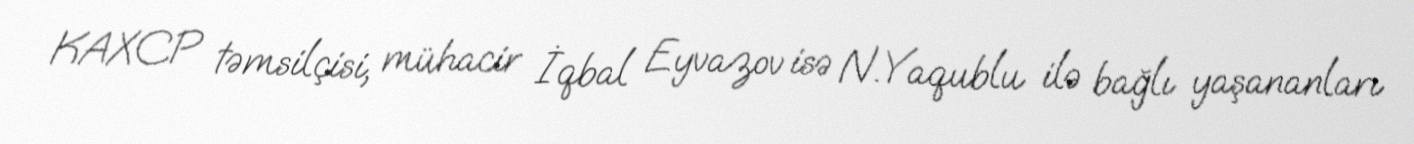
KAXCP təmsilçisi, mühacir İqbal Eyvazov isə N.Yaqublu ilə bağlı yaşananları